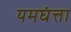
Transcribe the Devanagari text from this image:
यमघंत्ता